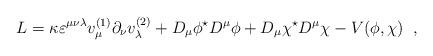
LaTeX: \begin{align*} L=\kappa\varepsilon^{\mu\nu\lambda}v^{(1)}_{\mu} \partial_{\nu}v^{(2)}_{\lambda}+ D_{\mu}\phi^{\star}D^{\mu}\phi+D_{\mu}\chi^{\star}D^{\mu}\chi- V(\phi,\chi) \;\; ,\end{align*}